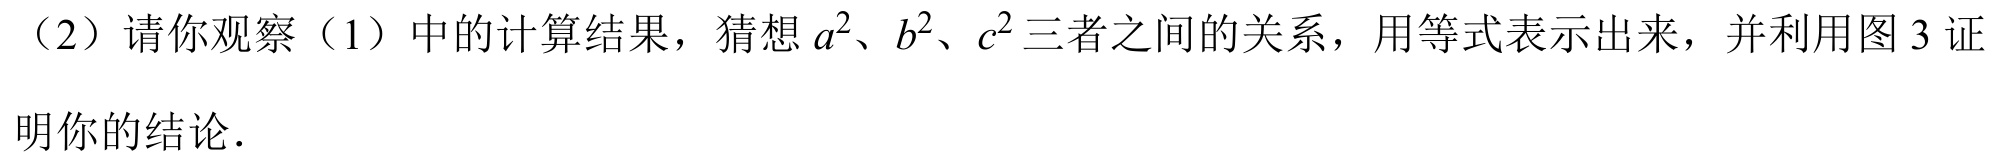
（2）请你观察（1）中的计算结果，猜想 \(a^{2}、b^{2}、c^{2}\) 三者之间的关系，用等式表示出来，并利用图 3 证
明你的结论．